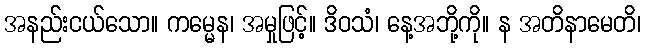
အနည်းငယ်သော။ ကမ္မေန၊ အမှုဖြင့်။ ဒိဝသံ၊ နေ့အဘို့ကို။ န အတိနာမေတိ၊